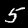
Digit: 5